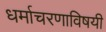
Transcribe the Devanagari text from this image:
धर्माचरणाविषयी